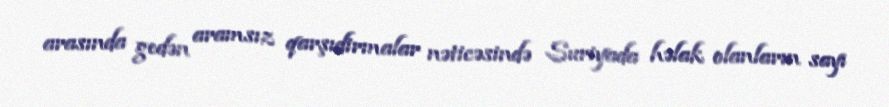
arasında gedən aramsız qarşıdirmalar nəticəsində Suriyada həlak olanların sayı